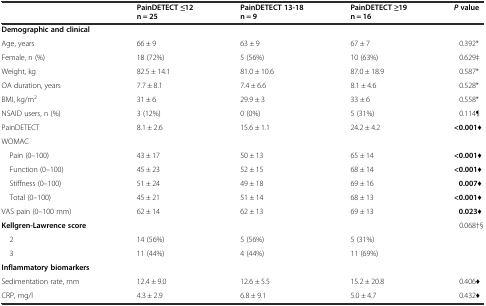
|  | PainDETECT ≤12 n = 25 | PainDETECT 13-18 n = 9 | PainDETECT ≥19 n = 16 | Pvalue |
 | --- | --- | --- | --- | --- |
 | Demographic and clinical |  |  |  |  |
 | Age, years | 66 ± 9 | 63 ± 9 | 67 ± 7 | 0.392* |
 | Female, n (%) | 18 (72%) | 5 (56%) | 10 (63%) | 0.629‡ |
 | Weight, kg | 82.5 ± 14.1 | 81.0 ± 10.6 | 87.0 ± 18.9 | 0.587* |
 | OA duration, years | 7.7 ± 8.1 | 7.4 ± 6.6 | 8.1 ± 4.6 | 0.528* |
 | BMI, kg/m2 | 31 ± 6 | 29.9 ± 3 | 33 ± 6 | 0.558* |
 | NSAID users, n (%) | 3 (12%) | 0 (0%) | 5 (31%) | 0.114¶ |
 | PainDETECT | 8.1 ± 2.6 | 15.6 ± 1.1 | 24.2 ± 4.2 | <0.001♦ |
 | WOMAC |  |  |  |  |
 | Pain (0–100) | 43 ± 17 | 50 ± 13 | 65 ± 14 | <0.001♦ |
 | Function (0–100) | 45 ± 23 | 52 ± 15 | 68 ± 14 | <0.001♦ |
 | Stiffness (0–100) | 51 ± 24 | 49 ± 18 | 69 ± 16 | 0.007♦ |
 | Total (0–100) | 45 ± 21 | 51 ± 14 | 68 ± 13 | <0.001♦ |
 | VAS pain (0–100 mm) | 62 ± 14 | 62 ± 13 | 69 ± 13 | 0.023♦ |
 | Kellgren-Lawrence score |  |  |  | 0.068†§ |
 | 2 | 14 (56%) | 5 (56%) | 5 (31%) |  |
 | 3 | 11 (44%) | 4 (44%) | 11 (69%) |  |
 | Inflammatory biomarkers |  |  |  |  |
 | Sedimentation rate, mm | 12.4 ± 9.0 | 12.6 ± 5.5 | 15.2 ± 20.8 | 0.406♦ |
 | CRP, mg/l | 4.3 ± 2.9 | 6.8 ± 9.1 | 5.0 ± 4.7 | 0.432♦ |